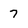
Character: 7